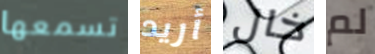
تسمعها أريد خال لم